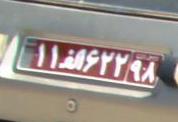
۱۱ا۶۲۲۹۸